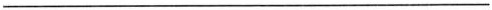
___